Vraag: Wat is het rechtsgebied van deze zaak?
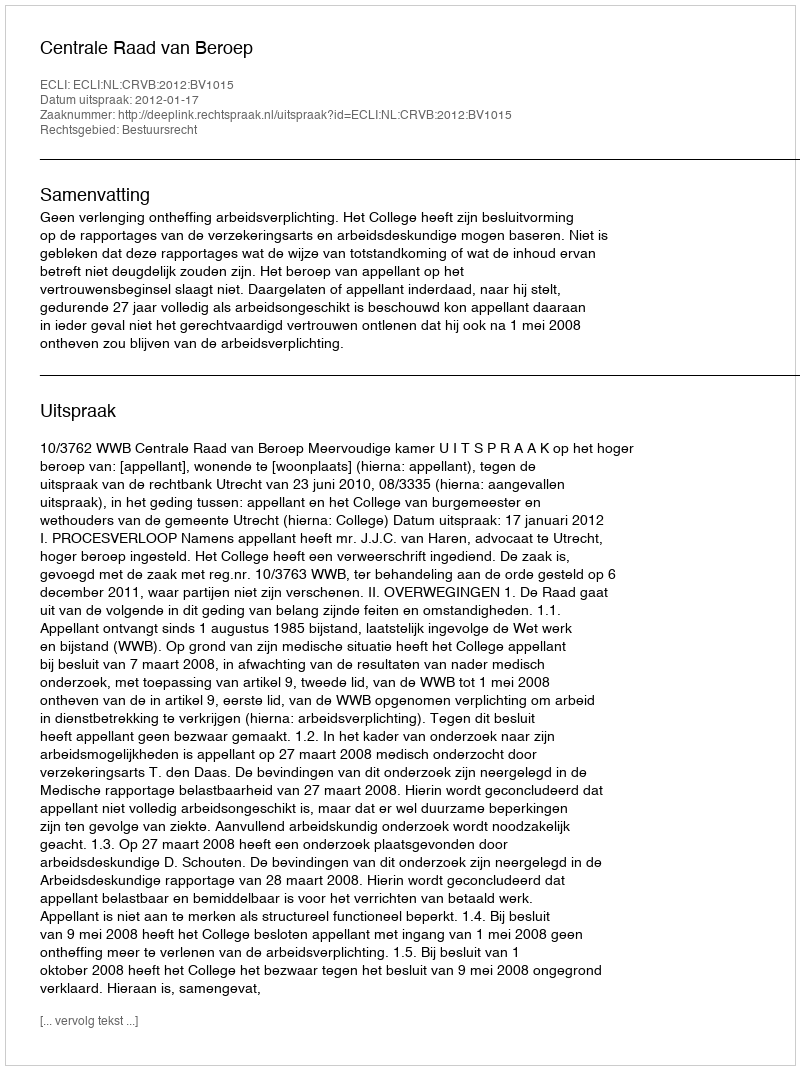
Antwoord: Bestuursrecht